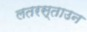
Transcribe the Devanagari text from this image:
लतरस्ताउन